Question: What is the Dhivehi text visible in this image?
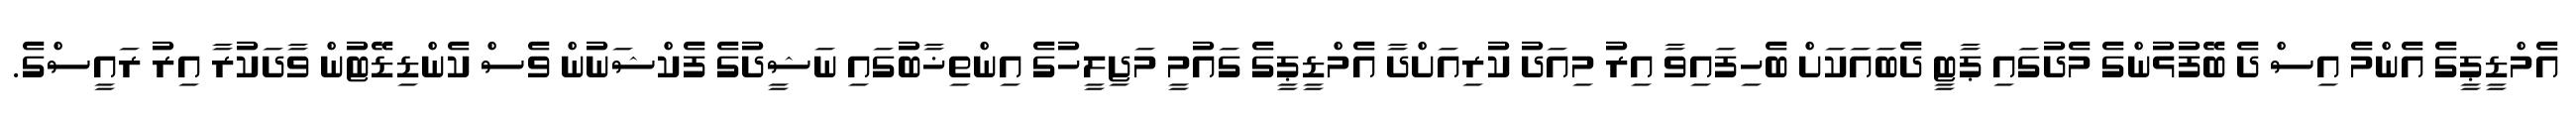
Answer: އެމްޑީޕީގެ އެންމެ އިސް ދެ ބޭފުޅުންގެ މެދުގައި ޕާޓީ ދެބައަކަށް ބެހިފައިވާ އިރު މިއަދު ކުރިއަށްދާ އެމްޑީޕީގެ ގައުމީ މަޖިލީހުގެ އިންތިޚާބުގައި ނަޝީދުގެ ފެކްޝަނުން ވެސް ކެންޑިޑޭޓުން ވާދަކުރާ އިރު ރައީސްގެ.